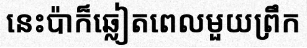
នេះប៉ាក៏ឆ្លៀតពេលមួយព្រឹក